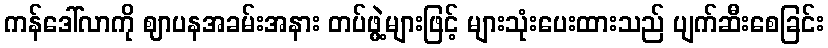
ကန်ဒေါ်လာကို ဈာပနအခမ်းအနား တပ်ဖွဲ့များဖြင့် များသုံးပေးထားသည် ပျက်ဆီးစေခြင်း